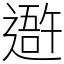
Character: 𨖍